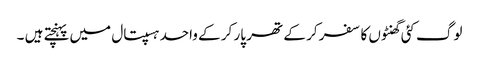
لوگ کئی گھنٹوں کا سفر کر کے تھر پار کر کے واحد ہسپتال میں پہنچتے ہیں ۔